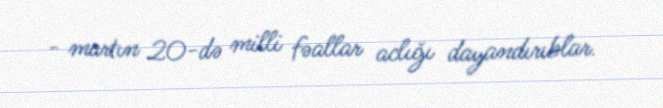
- martın 20-də milli fəallar aclığı dayandırıblar.